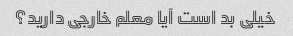
خیلی بد است آیا معلم خارجی دارید؟